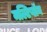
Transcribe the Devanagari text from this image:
मल्टिप्लॅन